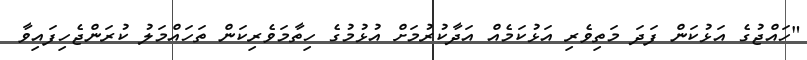
"ހައްޖުގެ އަޅުކަން ފަދަ މަތިވެރި އަޅުކަމެއް އަދާކުރުމަށް އުޅުމުގެ ހިތާމަވެރިކަން ތަހައްމަލު ކުރަންޖެހިފައިވާ